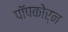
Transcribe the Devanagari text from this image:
पॉपकोर्न